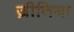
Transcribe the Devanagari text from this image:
ज़ीनिया